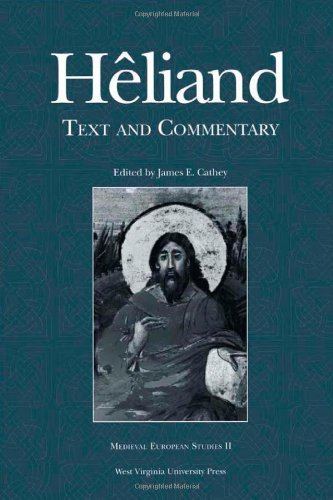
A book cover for HELIAND: TEXT AND COMMENTARY (WV MEDIEVEAL EUROPEAN STUDIES); JAMES E. CATHEY; Christian Books & Bibles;